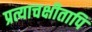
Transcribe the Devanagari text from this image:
प्रत्याचक्षीतापि